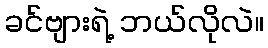
ခင်ဗျားရဲ့ ဘယ်လိုလဲ။